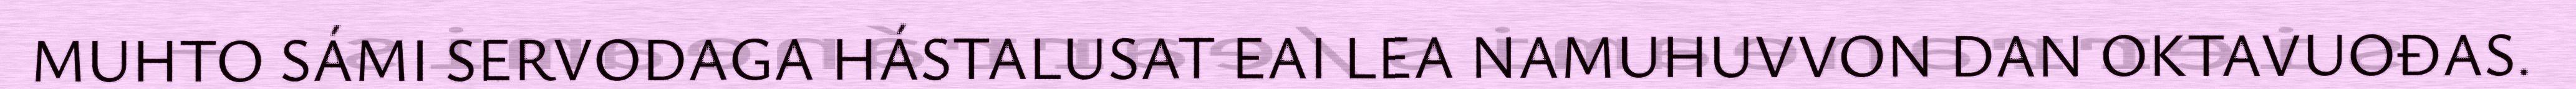
MUHTO SÁMI SERVODAGA HÁSTALUSAT EAI LEA NAMUHUVVON DAN OKTAVUOĐAS.